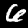
Label: 6